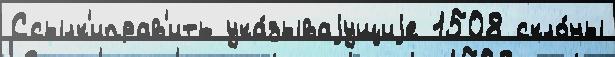
Ссылк'иправ'ить ука́зываjущиjе 1508 скло́ны